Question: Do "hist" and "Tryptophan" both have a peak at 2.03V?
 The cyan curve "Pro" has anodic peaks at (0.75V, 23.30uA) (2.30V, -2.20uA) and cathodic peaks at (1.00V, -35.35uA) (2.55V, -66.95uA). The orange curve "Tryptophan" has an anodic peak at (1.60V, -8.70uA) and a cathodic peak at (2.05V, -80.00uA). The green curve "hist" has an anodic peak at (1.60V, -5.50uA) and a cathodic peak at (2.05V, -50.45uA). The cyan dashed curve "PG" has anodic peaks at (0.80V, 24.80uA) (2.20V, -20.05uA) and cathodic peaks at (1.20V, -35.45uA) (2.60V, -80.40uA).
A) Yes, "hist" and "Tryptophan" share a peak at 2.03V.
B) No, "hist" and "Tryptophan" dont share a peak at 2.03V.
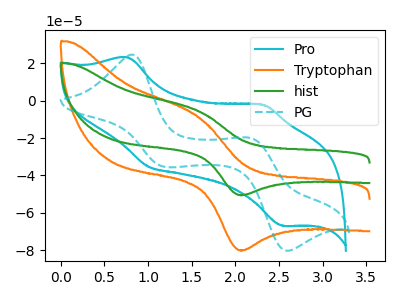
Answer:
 <answer>A) Yes, "hist" and "Tryptophan" share a peak at 2.03V.</answer>
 <eval>A</eval>